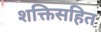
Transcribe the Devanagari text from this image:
शक्तिसहित